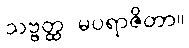
သဗ္ဗတ္ထ မပရာဇိတာ။